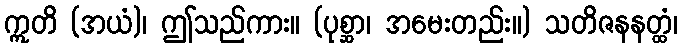
ဣတိ (အယံ)၊ ဤသည်ကား။ (ပုစ္ဆာ၊ အမေးတည်း။) သတိဇနနတ္ထံ၊